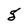
Character: g